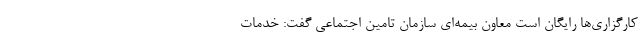
کارگزاری‌ها رایگان است معاون بیمه‌ای سازمان تامین اجتماعی گفت: خدمات